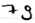
Text: 79